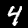
Digit: 4